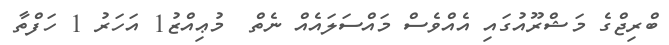
ބްރިޖްގެ މަޝްރޫއުގައި އެއްވެސް މައްސަލައެއް ނެތް  މުޢިއްޒު1 އަހަރު 1 ހަފްތާ